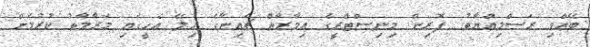
ބޭއްވި ރަސްމިއްޔާތު: ފޮރިން މިނިސްޓްރީގެ އިމާރާތް ޗައިނާގެ ހިލޭ އެހީގައި މަރާމާތު ކުރުމަށް